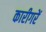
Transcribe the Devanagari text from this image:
कारीगरें